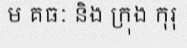
ម គធៈ និង ក្រុង កុរុ